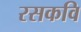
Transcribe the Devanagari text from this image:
रसकवि